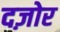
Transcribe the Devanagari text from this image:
दज़ोर